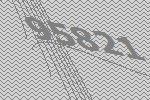
95821